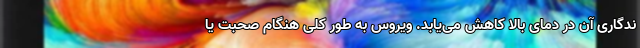
ندگاری آن در دمای بالا کاهش می‌یابد. ویروس به طور کلی هنگام صحبت یا